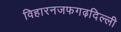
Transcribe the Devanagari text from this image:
विहारनजफगढ़दिल्ली